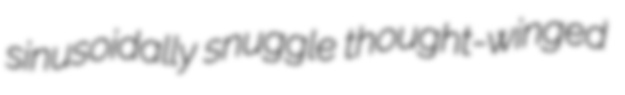
sinusoidally snuggle thought-winged